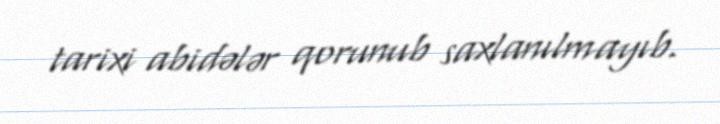
tarixi abidələr qorunub saxlanılmayıb.